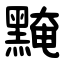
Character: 黤